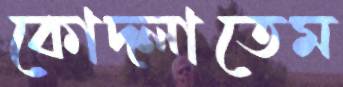
কোদ্‌লাতেম